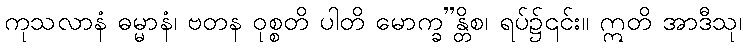
ကုသလာနံ ဓမ္မာနံ၊ ဗတန ဝုစ္စတိ ပါတိ မောက္ခ”န္တိစ၊ ရပ်၌၎င်း။ ဣတိ အာဒီသု၊